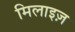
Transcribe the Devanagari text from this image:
मिलाइज़